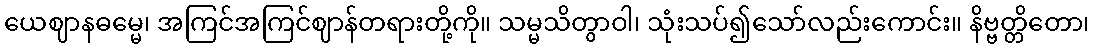
ယေဈာနဓမ္မေ၊ အကြင်အကြင်ဈာန်တရားတို့ကို။ သမ္မသိတွာဝါ၊ သုံးသပ်၍သော်လည်းကောင်း။ နိဗ္ဗတ္တိတော၊